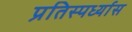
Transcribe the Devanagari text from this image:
प्रतिस्पर्ध्यास